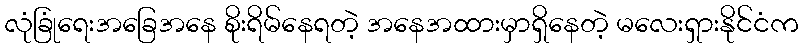
လုံခြုံရေးအခြေအနေ စိုးရိမ်နေရတဲ့ အနေအထားမှာရှိနေတဲ့ မလေးရှားနိုင်ငံက